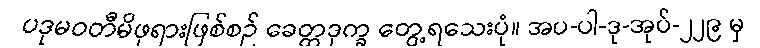
ပဒုမဝတီမိဖုရားဖြစ်စဉ် ခေတ္တဒုက္ခ တွေ့ရသေးပုံ။ အပ-ပါ-ဒု-အုပ်-၂၂၉ မှ